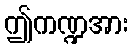
ဤကဏ္ဍအား